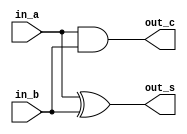
/* CSED273 lab4 experiment 1 */
/* lab4_1.v */


/* Implement Half Adder
 * You may use keword "assign" and operator "&","|","~",
 * or just implement with gate-level modeling (and, or, not) */
module halfAdder(
    input in_a,
    input in_b,
    output out_s,
    output out_c
    );

//    assign out_c = in_a & in_b;
//    assign out_s = (~in_a & in_b) | (in_a & ~in_b);
    and(out_c, in_a, in_b);
    xor(out_s, in_a, in_b);

endmodule

/* Implement Full Adder
 * You must use halfAdder module
 * You may use keword "assign" and operator "&","|","~",
 * or just implement with gate-level modeling (and, or, not) */
module fullAdder(
    input in_a,
    input in_b,
    input in_c,
    output out_s,
    output out_c
    );

    wire a_xor_b, a_and_b, a_xor_b_and_c;

    assign out_c = a_xor_b_and_c | a_and_b;

    halfAdder HA1(
        .in_a(in_a),
        .in_b(in_b),
        .out_s(a_xor_b),
        .out_c(a_and_b)
    );

    halfAdder HA2(
        .in_a(a_xor_b),
        .in_b(in_c),
        .out_s(out_s),
        .out_c(a_xor_b_and_c)
    );

endmodule